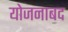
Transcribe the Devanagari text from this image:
योजनाबद